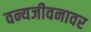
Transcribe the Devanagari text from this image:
वन्यजीवनावर